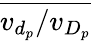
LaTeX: \overline{{v_{d_{p}}/v_{D_{p}}}}